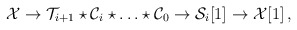
\begin{align*}{\cal X}\to {\cal T}_{i+1}\star {\cal C}_i \star \ldots \star {\cal C}_0 \to {\cal S}_i [1] \to {\cal X} [1]\, ,\end{align*}